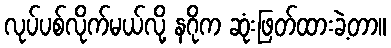
လုပ်ပစ်လိုက်မယ်လို့ နဂိုက ဆုံးဖြတ်ထားခဲ့တာ။